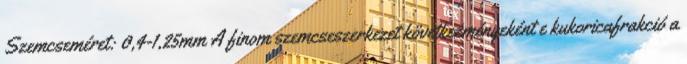
Szemcseméret: 0,4-1,25mm A finom szemcseszerkezet következményeként e kukoricafrakció a